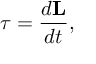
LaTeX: { \boldsymbol { \tau } } = { \frac { d \mathbf { L } } { d t } } ,